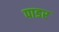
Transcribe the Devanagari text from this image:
पाडर